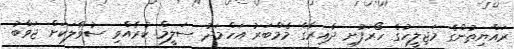
ރައްޔިތުންގެ މަޖިލީހުގެ ހޯރަފުށި ދާއިރާގެ މެމްބަރު އަހްމަދު ސަލީމް ކުރެއްވި ސުވާލަކަށް ޖަވާބު